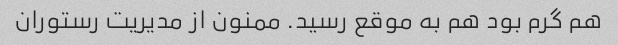
هم گرم بود هم به موقع رسید. ممنون از مدیریت رستوران